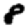
Digit: 8